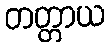
တတ္တာယ